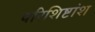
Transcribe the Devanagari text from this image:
परिशिष्टांश